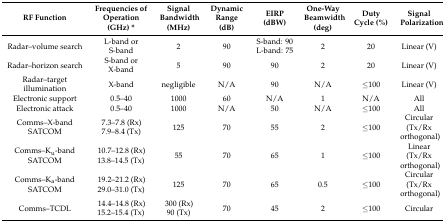
<table><thead><tr><td><b>RF Function</b></td><td><b>Frequencies of Operation (GHz) *</b></td><td><b>Signal Bandwidth (MHz)</b></td><td><b>Dynamic Range (dB)</b></td><td><b>EIRP (dBW)</b></td><td><b>One-Way Beamwidth (deg) </b></td><td><b>Duty Cycle (%)</b></td><td><b>Signal Polarization</b></td></tr></thead><tbody><tr><td>Radar–volume search</td><td>L-band or S-band</td><td>2 </td><td>90</td><td>S-band: 90 L-band: 75</td><td>2</td><td>20</td><td>Linear (V)</td></tr><tr><td>Radar–horizon search</td><td>S-band or X-band</td><td>5</td><td>90</td><td>90</td><td>2</td><td>20</td><td>Linear (V)</td></tr><tr><td>Radar–target illumination</td><td>X-band</td><td>negligible</td><td>N/A</td><td>90</td><td>N/A</td><td>≤100</td><td>Linear (V)</td></tr><tr><td>Electronic support</td><td>0.5–40 </td><td>1000</td><td>60</td><td>N/A</td><td>1</td><td>N/A</td><td>All</td></tr><tr><td>Electronic attack</td><td>0.5–40 </td><td>1000</td><td>N/A</td><td>50</td><td>N/A</td><td>≤100</td><td>All</td></tr><tr><td>Comms–X-band SATCOM</td><td>7.3–7.8 (Rx) 7.9–8.4 (Tx)</td><td>125</td><td>70</td><td>55</td><td>2</td><td>≤100</td><td>Circular (Tx/Rx orthogonal)</td></tr><tr><td>Comms–K<sub>u</sub>-band SATCOM</td><td>10.7–12.8 (Rx) 13.8–14.5 (Tx)</td><td>55</td><td>70</td><td>65</td><td>1</td><td>≤100</td><td>Linear (Tx/Rx orthogonal)</td></tr><tr><td>Comms–K<sub>a</sub>-band SATCOM</td><td>19.2–21.2 (Rx) 29.0–31.0 (Tx)</td><td>125</td><td>70</td><td>65</td><td>0.5</td><td>≤100</td><td>Circular (Tx/Rx orthogonal)</td></tr><tr><td>Comms–TCDL</td><td>14.4–14.8 (Rx) 15.2–15.4 (Tx) </td><td>300 (Rx) 90 (Tx)</td><td>70</td><td>45</td><td>2</td><td>≤100</td><td>Circular </td></tr></tbody></table>